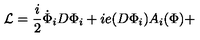
{ \cal { L } } = \frac { i } { 2 } \dot { \Phi } _ { i } D \Phi _ { i } + i e ( D \Phi _ { i } ) A _ { i } ( \Phi ) +